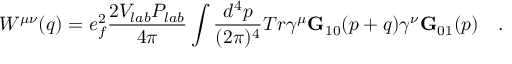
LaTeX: W ^ { \mu \nu } ( q ) = e _ { f } ^ { 2 } { \frac { 2 V _ { l a b } P _ { l a b } } { 4 \pi } } \int { \frac { d ^ { 4 } p } { ( 2 \pi ) ^ { 4 } } } T r \gamma ^ { \mu } { \bf G } _ { 1 0 } ( p + q ) \gamma ^ { \nu } { \bf G } _ { 0 1 } ( p ) ~ ~ ~ .